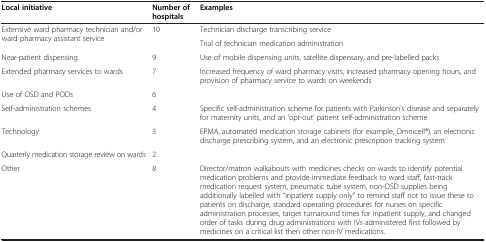
<table><thead><tr><td><b>Local initiative</b></td><td><b>Number of hospitals</b></td><td><b>Examples</b></td></tr></thead><tbody><tr><td rowspan="2">Extensive ward pharmacy technician and/or ward pharmacy assistant service</td><td rowspan="2">10</td><td>Technician discharge transcribing service</td></tr><tr><td>Trial of technician medication administration</td></tr><tr><td>Near-patient dispensing</td><td>9</td><td>Use of mobile dispensing units, satellite dispensary, and pre-labelled packs</td></tr><tr><td>Extended pharmacy services to wards</td><td>7</td><td>Increased frequency of ward pharmacy visits, increased pharmacy opening hours, and provision of pharmacy service to wards on weekends</td></tr><tr><td>Use of OSD and PODs</td><td>6</td><td> </td></tr><tr><td>Self-administration schemes</td><td>4</td><td>Specific self-administration scheme for patients with Parkinson’s disease and separately for maternity units, and an ‘opt-out’ patient self-administration scheme</td></tr><tr><td>Technology</td><td>3</td><td>EPMA, automated medication storage cabinets (for example, Omnicell®), an electronic discharge prescribing system, and an electronic prescription tracking system</td></tr><tr><td>Quarterly medication storage review on wards</td><td>2</td><td> </td></tr><tr><td>Other</td><td>8</td><td>Director/matron walkabouts with medicines checks on wards to identify potential medication problems and provide immediate feedback to ward staff, fast-track medication request system, pneumatic tube system, non-OSD supplies being additionally labelled with “inpatient supply only” to remind staff not to issue these to patients on discharge, standard operating procedures for nurses on specific administration processes, target turnaround times for inpatient supply, and changed order of tasks during drug administrations with IVs administered first followed by medicines on a critical list then other non-IV medications.</td></tr></tbody></table>